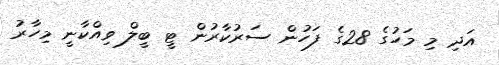
އަދި މި މަހުގެ 28ގެ ފަހުން ސަރުކާރުން ޓީ ބީލް ވިއްކާނީ މިހާރު